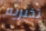
تخبريه